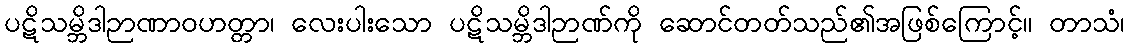
ပဋိသမ္ဘိဒါဉာဏာဝဟတ္တာ၊ လေးပါးသော ပဋိသမ္ဘိဒါဉာဏ်ကို ဆောင်တတ်သည်၏အဖြစ်ကြောင့်။ တာသံ၊